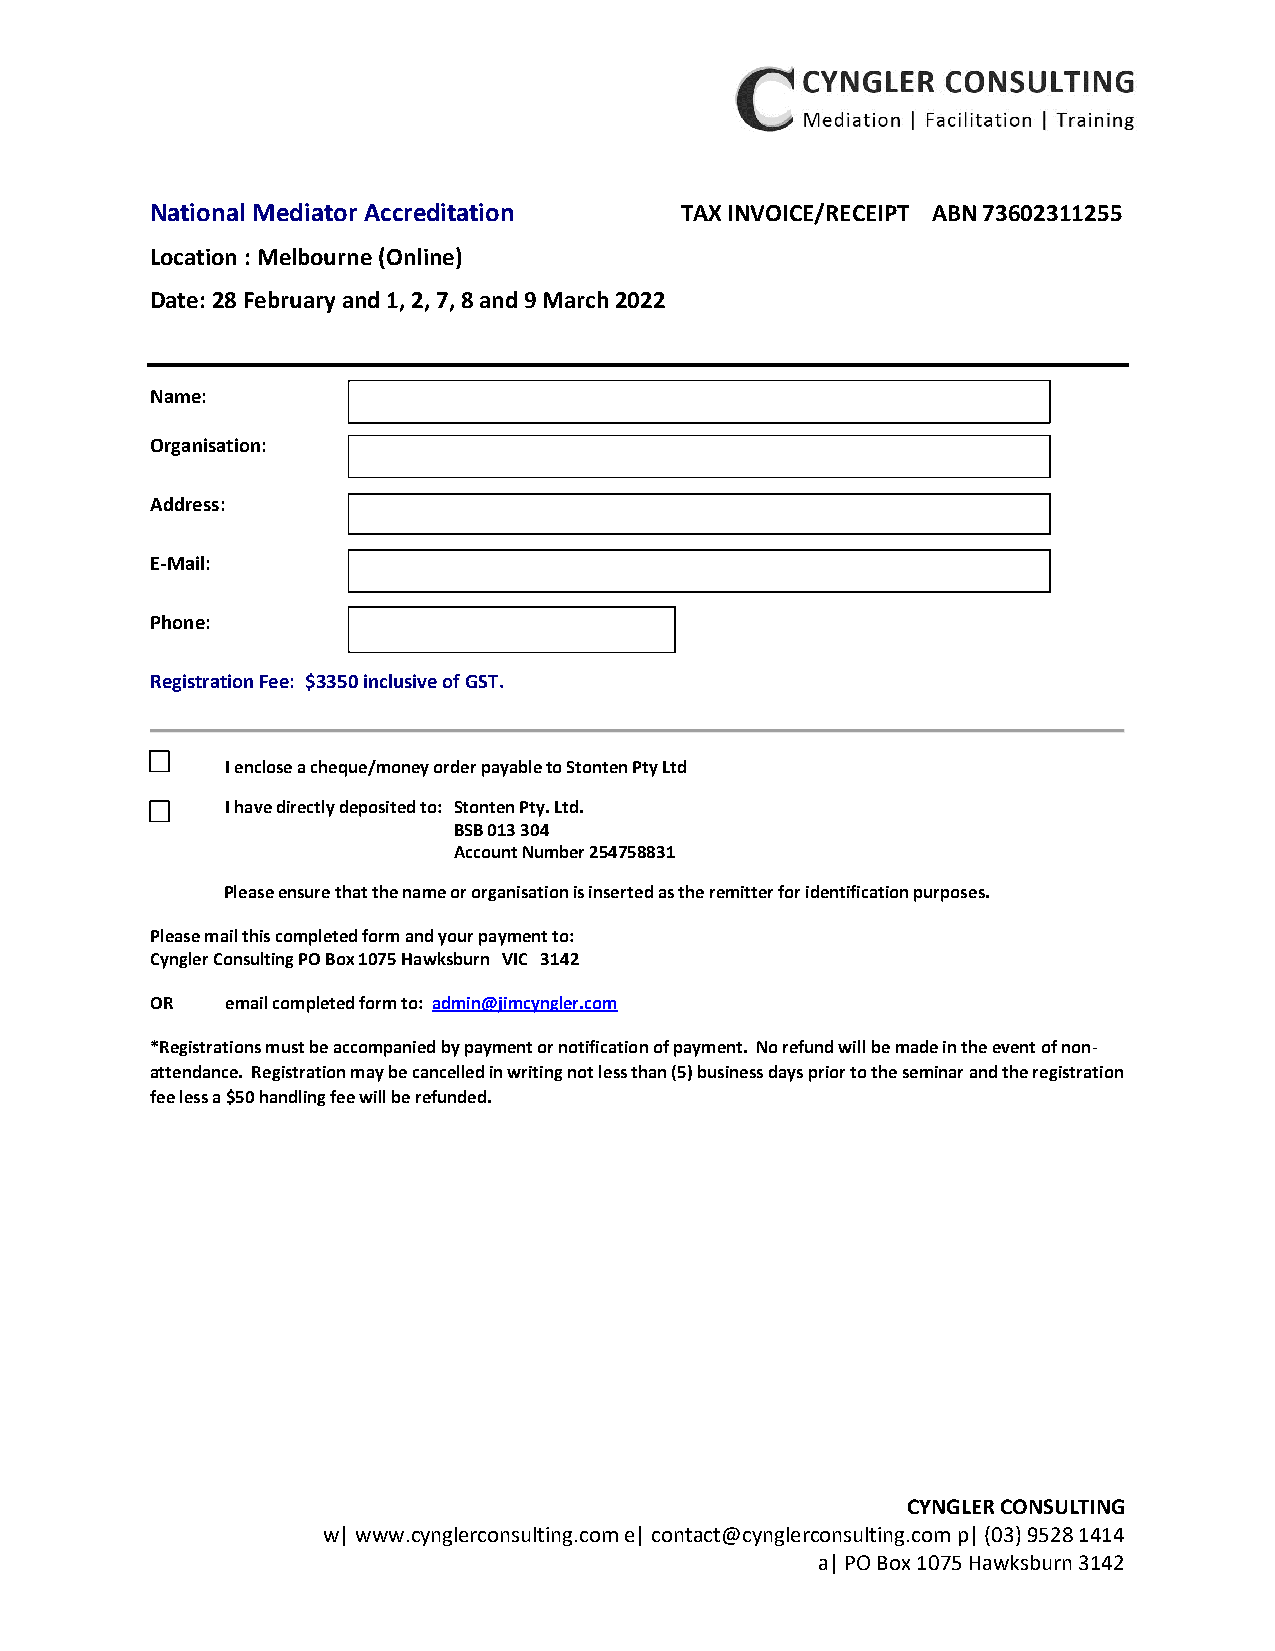
National Mediator Accreditation    TAX INVOICE/RECEIPT ABN 73602311255
 Location : Melbourne (Online)
 Date: 28 February and 1, 2, 7, 8 and 9 March 2022
 Name:
 Organisation:
 Address:
 E-Mail:
 Phone:         Mo
 Registration Fee: $3350 inclusive of GST.
 I enclose a cheque/money order payable to Stonten Pty Ltd
 I have directly deposited to: Stonten Pty. Ltd.
 BSB 013 304
 Account Number 254758831
 Please ensure that the name or organisation is inserted as the remitter for identification purposes.
 Please mail this completed form and your payment to:
 Cyngler Consulting PO Box 1075 Hawksburn VIC 3142
 OR   email completed form to: admin@jimcyngler.com
 *Registrations must be accompanied by payment or notification of payment. No refund will be made in the event of non-
 attendance. Registration may be cancelled in writing not less than (5) business days prior to the seminar and the registration
 fee less a $50 handling fee will be refunded.
 CYNGLER CONSULTING
 w| www.cynglerconsulting.com e| contact@cynglerconsulting.com p| (03) 9528 1414
 a| PO Box 1075 Hawksburn 3142